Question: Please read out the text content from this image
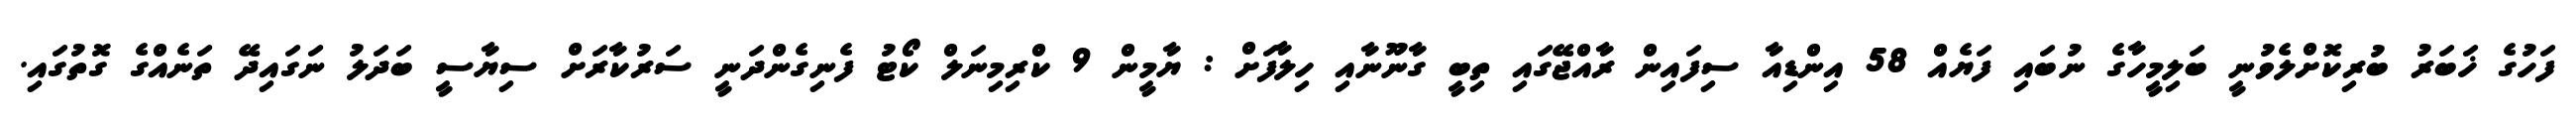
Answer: ފަހުގެ ޚަބަރު ބުރިކޮށްލެވުނީ ބަލިމީހާގެ ނުބައި ފަޔެއް 58 އިންޑިއާ ސިފައިން ރާއްޖޭގައި ތިބީ ގާނޫނާއި ހިލާފަށް : ޔާމީން 9 ކްރިމިނަލް ކޯޓު ފެނިގެންދަނީ ސަރުކާރަށް ސިޔާސީ ބަދަލު ނަގައިދޭ ތަނެއްގެ ގޮތުގައި.